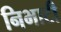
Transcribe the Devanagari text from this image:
निभाटी